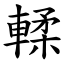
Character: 輮